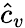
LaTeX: \hat{c}_{v}